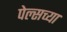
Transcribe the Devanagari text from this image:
पेल्सच्या